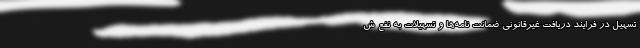
تسهیل در فرایند دریافت غیرقانونی ضمانت نامه‌ها و تسهیلات به نفع ش